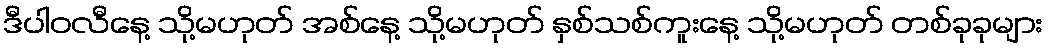
ဒီပါဝလီနေ့ သို့မဟုတ် အစ်နေ့ သို့မဟုတ် နှစ်သစ်ကူးနေ့ သို့မဟုတ် တစ်ခုခုများ